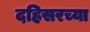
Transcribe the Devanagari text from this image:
दहिसरच्या